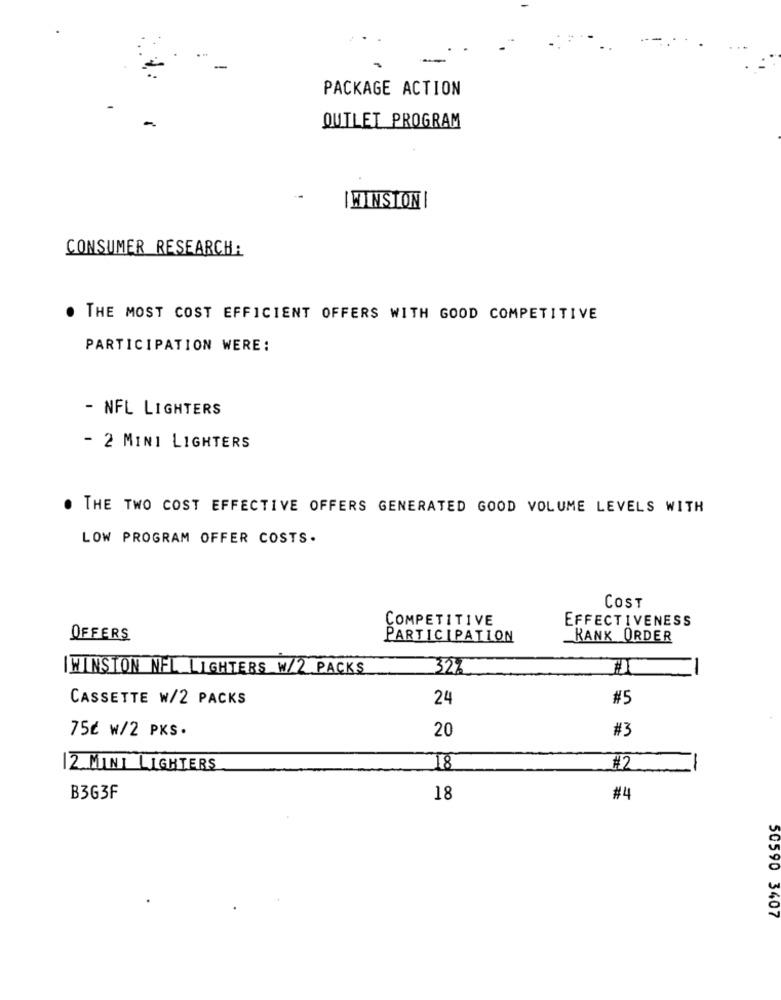
PACKAGE ACTION
-
OUTLET PROGRAM
--
IWINSTON |
CONSUMER RESEARCH:
. THE MOST COST EFFICIENT OFFERS WITH GOOD COMPETITIVE
PARTICIPATION WERE:
- NFL LIGHTERS
- 2 MINI LIGHTERS
THE TWO COST EFFECTIVE OFFERS GENERATED GOOD VOLUME LEVELS WITH
LOW PROGRAM OFFER COSTS.
COST
COMPETITIVE
EFFECTIVENESS
OFFERS
PARTICIPATION
KANK ORDER
WINSTON NFL LIGHTERS W/2 PACKS
32%
CASSETTE W/2 PACKS
24
#5
75¢ w/2 PKS.
20
#3
12 MINI LIGHTERS
18
#2
B363F
18
#4
50590 3407